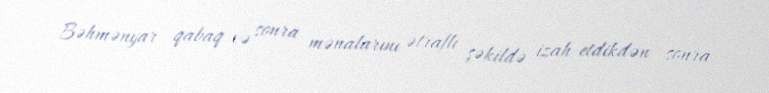
Bəhmənyar qabaq və sonra mənalarını ətraflı şəkildə izah etdikdən sonra